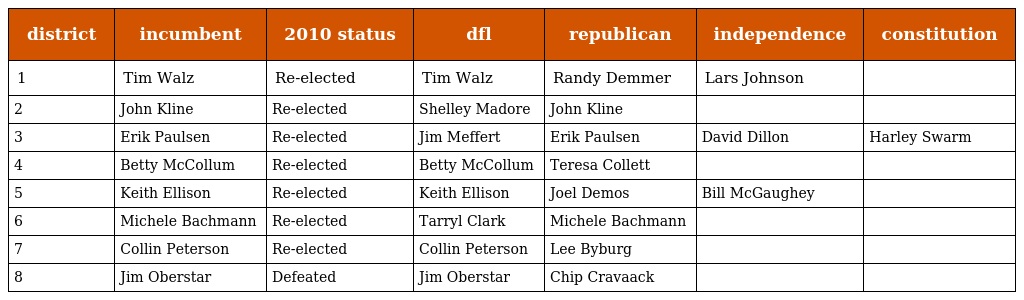
| district | incumbent | 2010 status | dfl | republican | independence | constitution |
 | --- | --- | --- | --- | --- | --- | --- |
 | 1 | Tim Walz | Re-elected | Tim Walz | Randy Demmer | Lars Johnson |  |
 | 2 | John Kline | Re-elected | Shelley Madore | John Kline |  |  |
 | 3 | Erik Paulsen | Re-elected | Jim Meffert | Erik Paulsen | David Dillon | Harley Swarm |
 | 4 | Betty McCollum | Re-elected | Betty McCollum | Teresa Collett |  |  |
 | 5 | Keith Ellison | Re-elected | Keith Ellison | Joel Demos | Bill McGaughey |  |
 | 6 | Michele Bachmann | Re-elected | Tarryl Clark | Michele Bachmann |  |  |
 | 7 | Collin Peterson | Re-elected | Collin Peterson | Lee Byburg |  |  |
 | 8 | Jim Oberstar | Defeated | Jim Oberstar | Chip Cravaack |  |  |